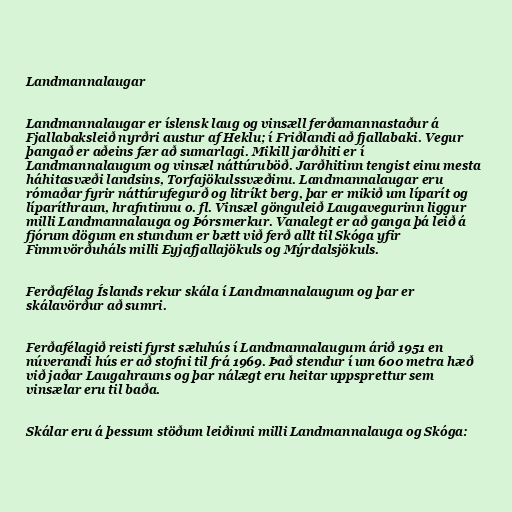
Landmannalaugar

Landmannalaugar er íslensk laug og vinsæll ferðamannastaður á
Fjallabaksleið nyrðri austur af Heklu; í Friðlandi að fjallabaki. Vegur
þangað er aðeins fær að sumarlagi. Mikill jarðhiti er í
Landmannalaugum og vinsæl náttúruböð. Jarðhitinn tengist einu mesta
háhitasvæði landsins, Torfajökulssvæðinu. Landmannalaugar eru
rómaðar fyrir náttúrufegurð og litríkt berg, þar er mikið um líparít og
líparíthraun, hrafntinnu o. fl. Vinsæl gönguleið Laugavegurinn liggur
milli Landmannalauga og Þórsmerkur. Vanalegt er að ganga þá leið á
fjórum dögum en stundum er bætt við ferð allt til Skóga yfir
Fimmvörðuháls milli Eyjafjallajökuls og Mýrdalsjökuls.

Ferðafélag Íslands rekur skála í Landmannalaugum og þar er
skálavörður að sumri.

Ferðafélagið reisti fyrst sæluhús í Landmannalaugum árið 1951 en
núverandi hús er að stofni til frá 1969. Það stendur í um 600 metra hæð
við jaðar Laugahrauns og þar nálægt eru heitar uppsprettur sem
vinsælar eru til baða.

Skálar eru á þessum stöðum leiðinni milli Landmannalauga og Skóga: